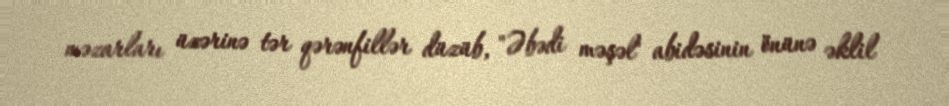
məzarları üzərinə tər qərənfillər düzüb, "Əbədi məşəl" abidəsinin önünə əklil